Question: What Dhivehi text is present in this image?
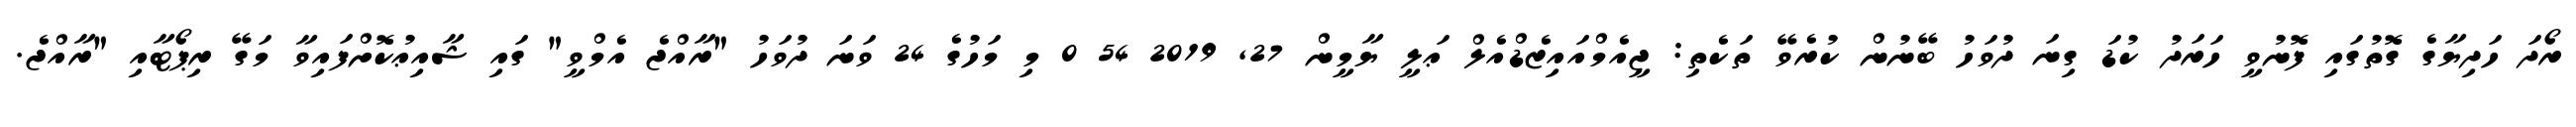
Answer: ރޯދަ ހަދިޔާގެ ގޮތުގައި ފޮނުވީ ހަރަދު ކުޑަ ގިނަ ދުވަހު ބޭނުން ކުރެވޭ ތަކެތި: ޖީއެމްއައިޒެޑްއެލް ޢަލީ ޔާމީން 27, 2019 54 0 މި މަހުގެ 24 ވަނަ ދުވަހު "ރާއްޖެ އެމްވީ" ގައި ޝާއިޢުކޮށްފައިވާ މަގޭ ރިޕޯޓާއި "ރާއްޖެ.